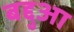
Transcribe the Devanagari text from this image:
बद्दुआ